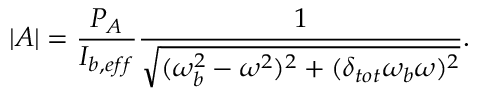
| A | = \frac { P _ { A } } { I _ { b , e f f } } \frac { 1 } { \sqrt { ( \omega _ { b } ^ { 2 } - \omega ^ { 2 } ) ^ { 2 } + ( \delta _ { t o t } \omega _ { b } \omega ) ^ { 2 } } } .